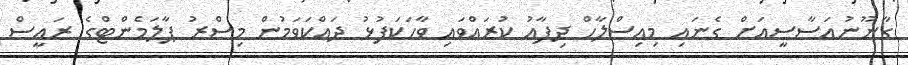
ގާނޫނުއަސާސީއަށް ގެނައި މިއިސްލާހް ދިފާއު ކުރައްވައި ވާހަކަފުޅު ދައްކަވަމުން މިސްރު ޕާލަމެންޓްގެ ރައީސް